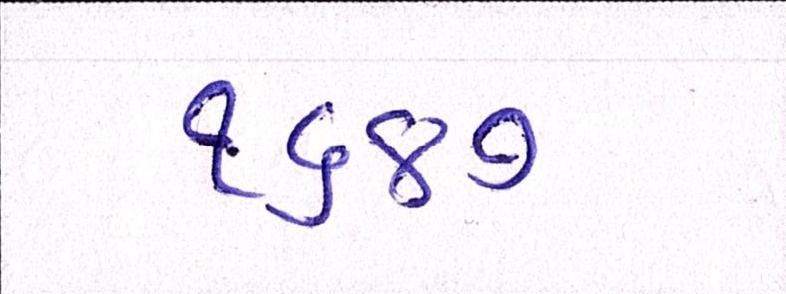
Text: ૧૬૪૭